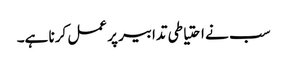
سب نے احتیاطی تدابیر پر عمل کرنا ہے۔